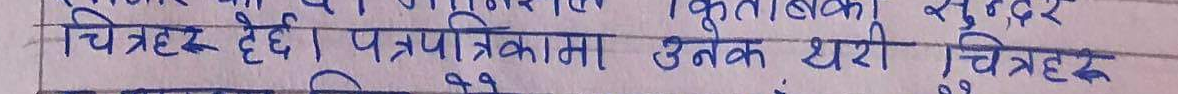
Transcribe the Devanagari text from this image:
चित्रहरु हेर्छन्। पत्रिकामा अनेक थरी चित्रहरु